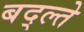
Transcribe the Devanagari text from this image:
बद्ल्ते